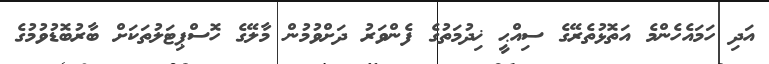
އަދި ހަމައެހެންމެ އަތޮޅުތެރޭގެ ސިއްޙީ ޚިދުމަތުގެ ފެންވަރު ދަށްވުމުން މާލޭގެ ހޮސްޕިޓަލުތަކަށް ބާރުބޮޑުވުމުގެ